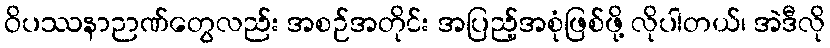
ဝိပဿနာဉာဏ်တွေလည်း အစဉ်အတိုင်း အပြည့်အစုံဖြစ်ဖို့ လိုပါတယ်၊ အဲဒီလို